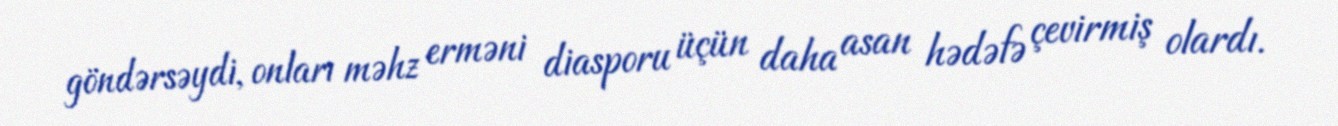
göndərsəydi, onları məhz erməni diasporu üçün daha asan hədəfə çevirmiş olardı.